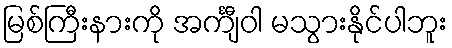
မြစ်ကြီးနားကို အင်္ကျီဝါ မသွားနိုင်ပါဘူး